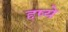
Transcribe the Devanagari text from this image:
द्दष्ये